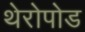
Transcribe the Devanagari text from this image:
थेरोपोड